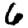
Digit: 6